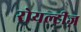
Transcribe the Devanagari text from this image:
रोयल्टीज़